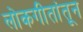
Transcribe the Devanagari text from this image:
लोकगीतांतून